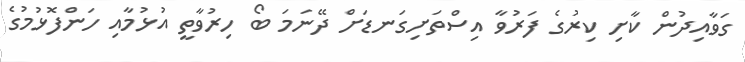
ގަވާއިދުން ކާށި ކިރުގެ ފަރުވާ އިސްތަށިގަނޑަށް ދޭނަމަ ބޯ ހިރުވާތީ އުޅުމާއި ހަންފޮޅުމުގެ